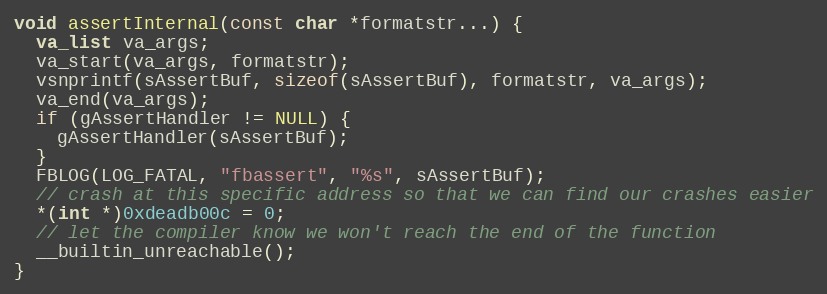
Language: C++
void assertInternal(const char *formatstr...) {
  va_list va_args;
  va_start(va_args, formatstr);
  vsnprintf(sAssertBuf, sizeof(sAssertBuf), formatstr, va_args);
  va_end(va_args);
  if (gAssertHandler != NULL) {
    gAssertHandler(sAssertBuf);
  }
  FBLOG(LOG_FATAL, "fbassert", "%s", sAssertBuf);
  // crash at this specific address so that we can find our crashes easier
  *(int *)0xdeadb00c = 0;
  // let the compiler know we won't reach the end of the function
  __builtin_unreachable();
}